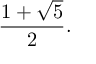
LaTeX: { \frac { 1 + { \sqrt { 5 } } } { 2 } } .